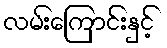
လမ်းကြောင်းနှင့်